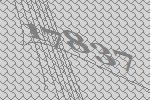
17837